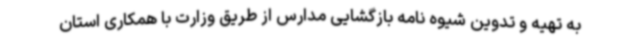
به تهیه و تدوین شیوه نامه بازگشایی مدارس از طریق وزارت با همکاری استان